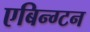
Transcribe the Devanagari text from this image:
एबिन्ग्टन